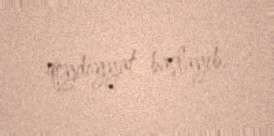
qeydiyyat başlayıb.